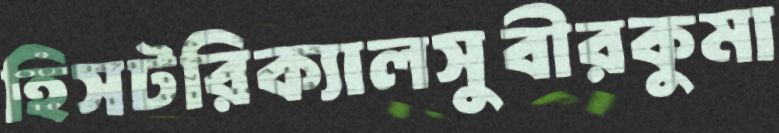
হিসটরিক্যালসুবীরকুমা